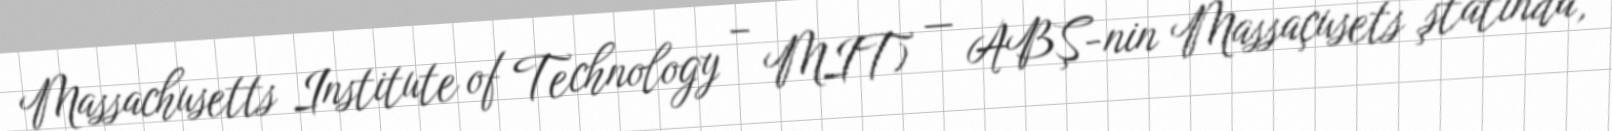
Massachusetts Institute of Technology – MIT) — ABŞ-nin Massaçusets ştatında,